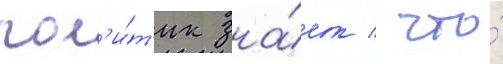
пол'и́т'ик зна́ет / что́